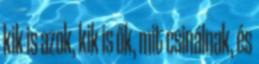
kik is azok, kik is ők, mit csinálnak, és